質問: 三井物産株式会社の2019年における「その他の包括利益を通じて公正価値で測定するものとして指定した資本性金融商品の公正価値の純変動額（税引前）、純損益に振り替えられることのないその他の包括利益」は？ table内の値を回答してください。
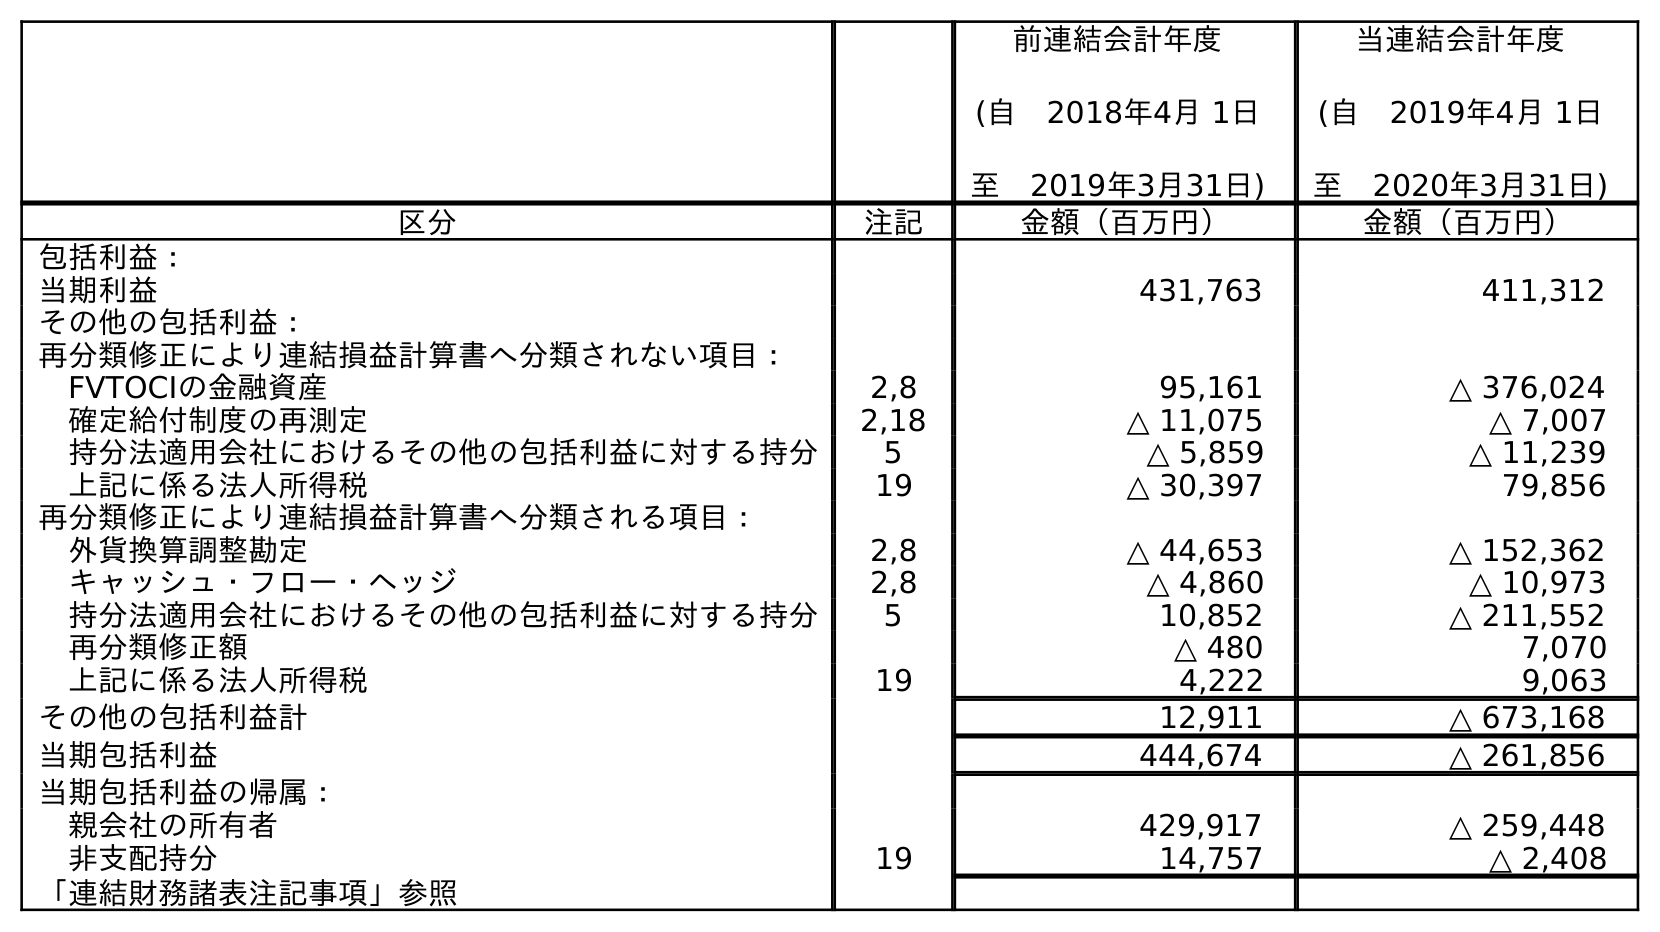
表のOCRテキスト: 前連結会計年度 (自 2018年4月 1日 至 2019年3月31日) 当連結会計年度 (自 2019年4月 1日 至 2020年3月31日) 区分 注記 金額（百万円） 金額（百万円） 包括利益： 当期利益 431,763 411,312 その他の包括利益： 再分類修正により連結損益計算書へ分類されない項目： FVTOCIの金融資産 2,8 95,161 △ 376,024 確定給付制度の再測定 2,18 △ 11,075 △ 7,007 持分法適用会社におけるその他の包括利益に対する持分 5 △ 5,859 △ 11,239 上記に係る法人所得税 19 △ 30,397 79,856 再分類修正により連結損益計算書へ分類される項目： 外貨換算調整勘定 2,8 △ 44,653 △ 152,362 キャッシュ・フロー・ヘッジ 2,8 △ 4,860 △ 10,973 持分法適用会社におけるその他の包括利益に対する持分 5 10,852 △ 211,552 再分類修正額 △ 480 7,070 上記に係る法人所得税 19 4,222 9,063 その他の包括利益計 12,911 △ 673,168 当期包括利益 444,674 △ 261,856 当期包括利益の帰属： 親会社の所有者 429,917 △ 259,448 非支配持分 19 14,757 △ 2,408 「連結財務諸表注記事項」参照
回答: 95,161